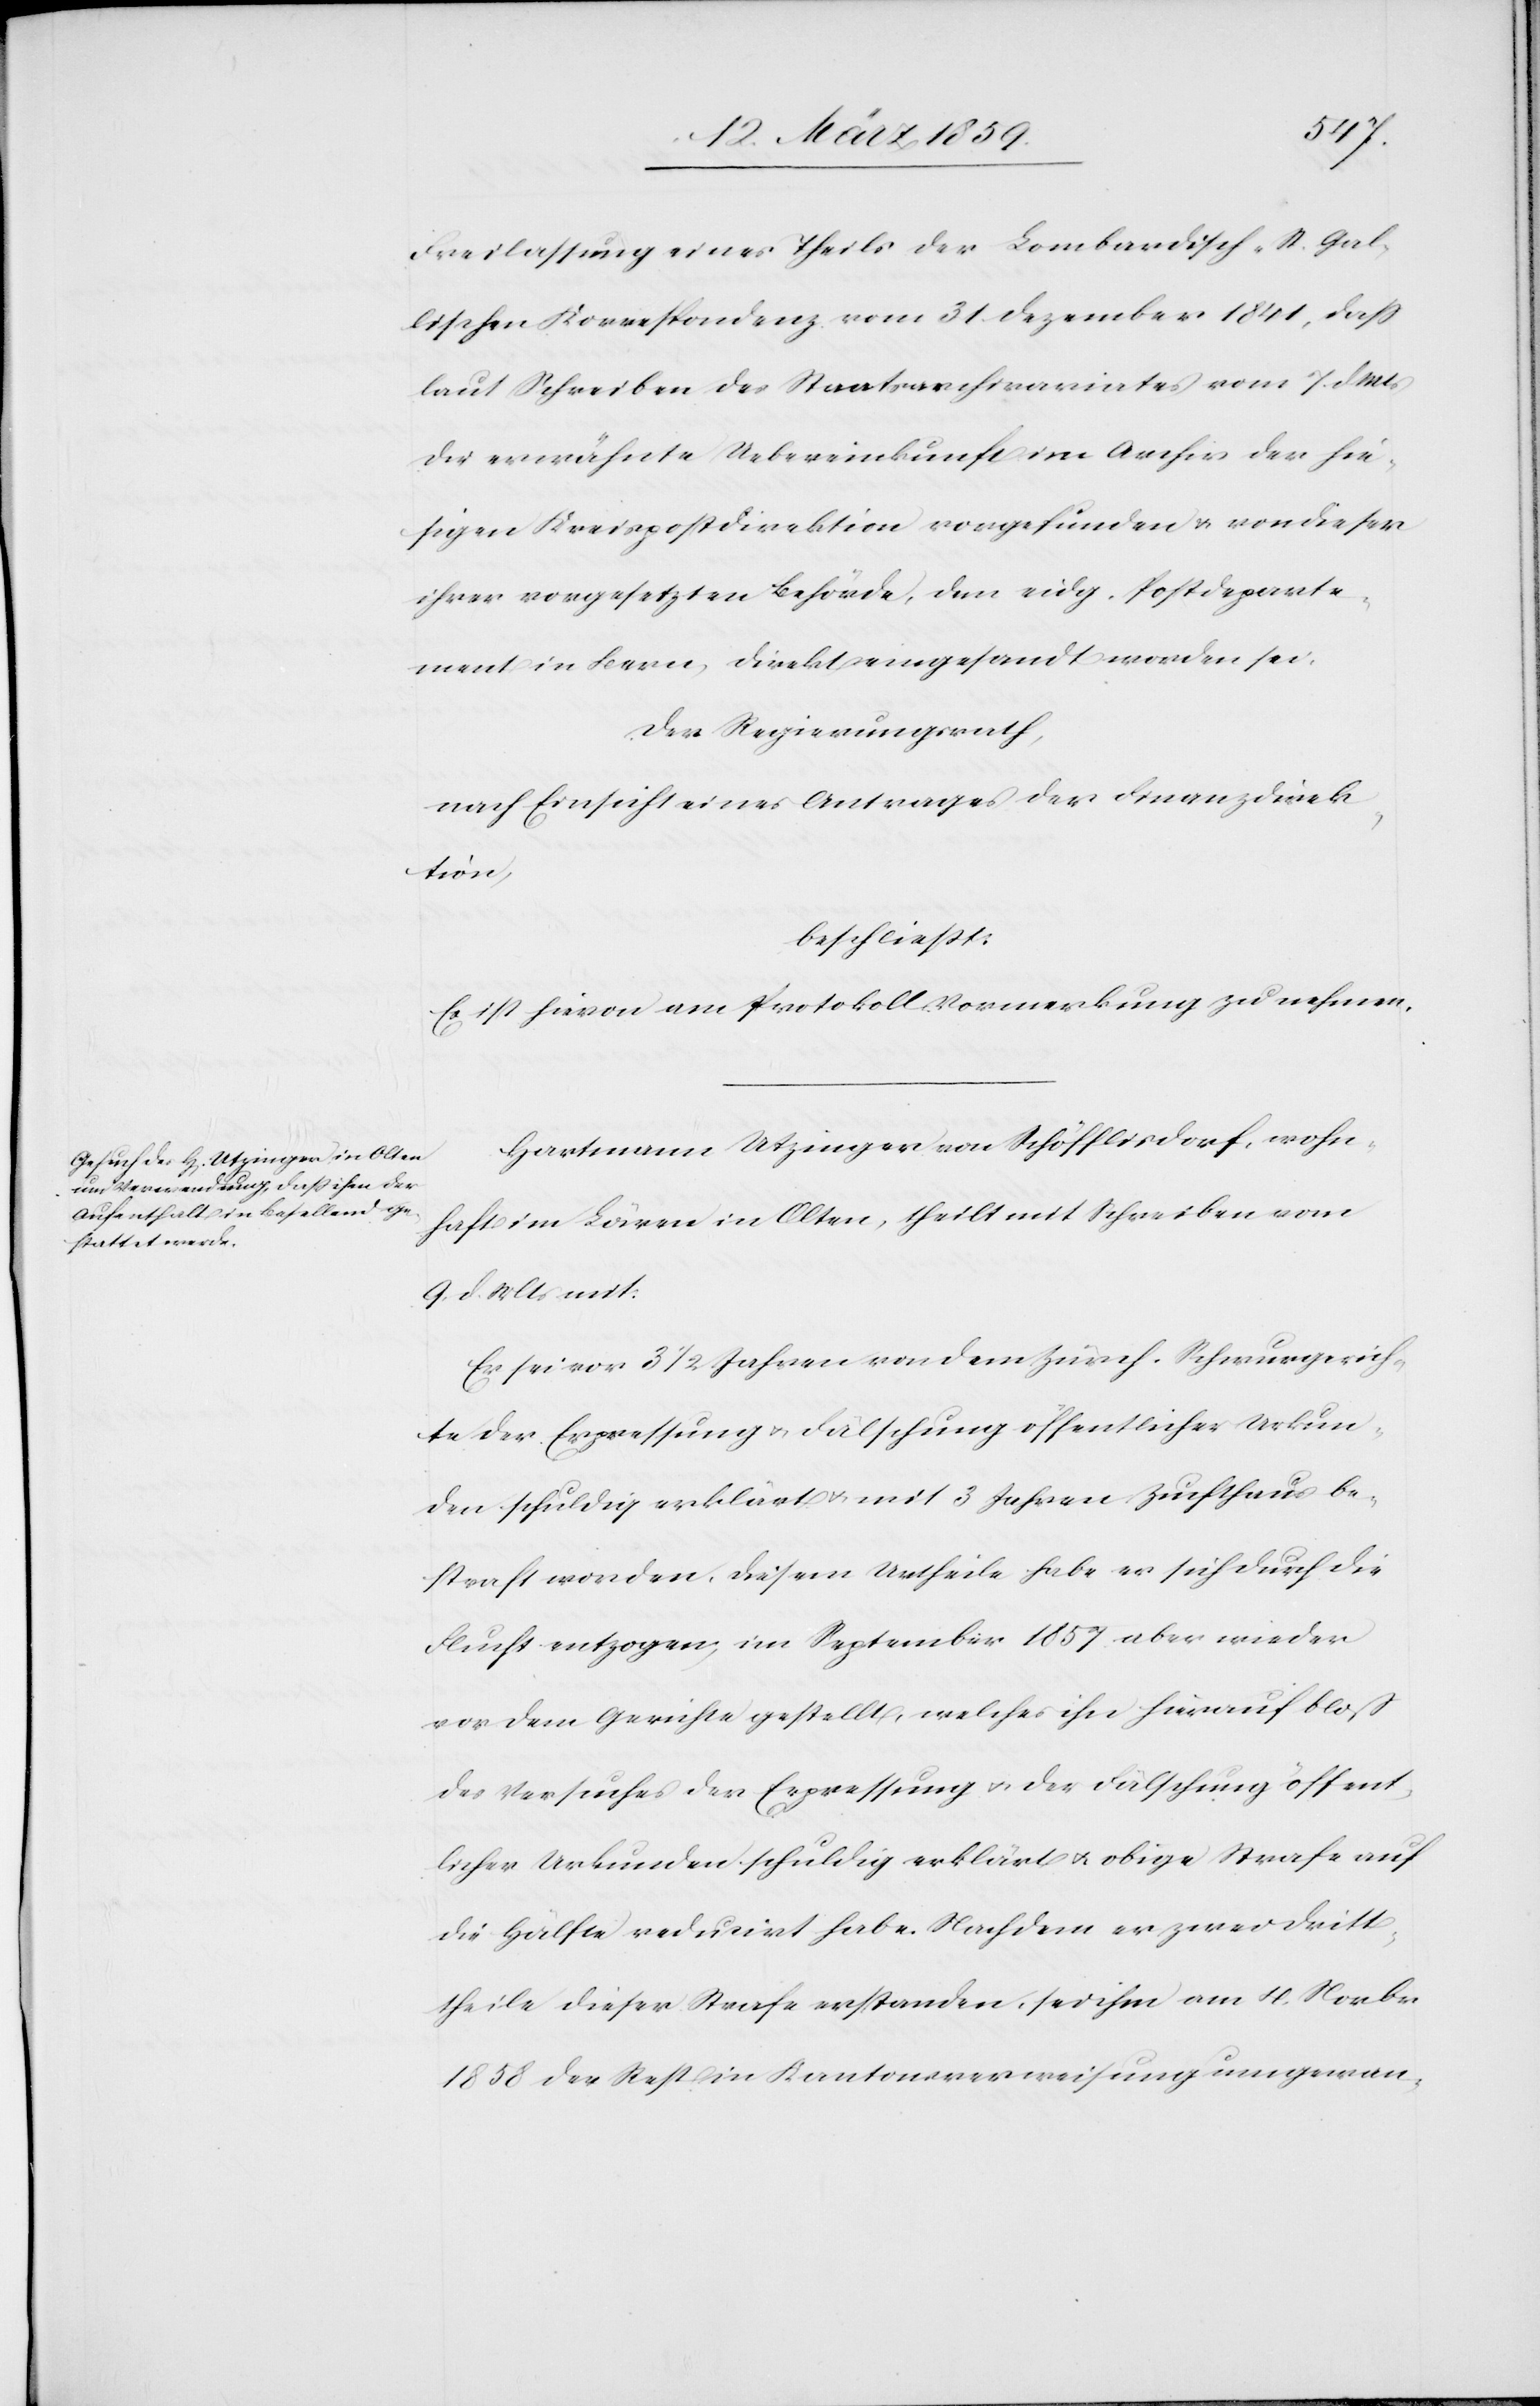
Freilassung eines Theils der Lombardisch-St. Gal¬
lischen Korrespondenz vom 31. Dezember 1841, daß
laut Schreiben des Staatsarchivariates vom 7. d. Mts
die erwähnte Uebereinkunft im Archiv der hie¬
sigen Kreispostdirektion vorgefunden & von dieser
ihrer vorgesetzten Behörde, dem eidg. Postdeparte¬
ment in Bern, direkt eingesandt worden sei.
Der Regierungsrath,
nach Einsicht eines Antrages der Finanzdirek¬
tion,
beschließt:
Es ist hievon am Protokoll Vormerkung zu nehmen.
Hartmann Utzinger von Schöfflisdorf, wohn¬
haft im Löwen in Olten, theilt mit Schreiben vom
9. d. Mts mit:
Er sei vor 31/2 Jahren von dem Zürch. Schwurgerich¬
te der Erpressung u. Fälschung öffentlicher Urkun¬
den schuldig erklärt u. mit 3 Jahren Zuchthaus be¬
straft worden, diesem Urtheile habe er sich durch die
Flucht entzogen, im September 1857 aber wieder
vor dem Gerichte gestellt, welches ihn hierauf bloß
des Versuches der Erpressung u. der Fälschung öffent¬
licher Urkunden schuldig erklärt u. obige Strafe auf
die Hälfte reduzirt habe. Nachdem er zwei Drit¬
theile dieser Strafe erstanden, sei ihm am 4. Novbr
1858 der Rest in Kantonsverweisung umgewan-